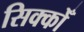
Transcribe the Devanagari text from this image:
सिक्कोँ